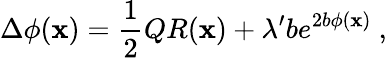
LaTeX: \Delta\phi(\mathbf{x})={\frac{{1}}{{2}}}QR(\mathbf{x})+\lambda^{\prime}be^{2b\phi(\mathbf{x})}\ ,